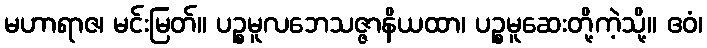
မဟာရာဇ၊ မင်းမြတ်။ ပဉ္စမူလဘေသဇ္ဇာနိယထာ၊ ပဉ္စမူဆေးတို့ကဲ့သို့။ ဧဝံ၊